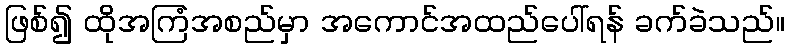
ဖြစ်၍ ထိုအကြံအစည်မှာ အကောင်အထည်ပေါ်ရန် ခက်ခဲသည်။